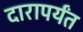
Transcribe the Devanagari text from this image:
दारापर्यंत